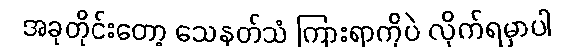
အခုတိုင်းတော့ သေနတ်သံ ကြားရာကိုပဲ လိုက်ရမှာပါ